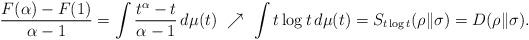
LaTeX: \begin{align*}{F(\alpha)-F(1)\over\alpha-1}=\int{t^\alpha-t\over\alpha-1}\,d\mu(t)\ \nearrow\ \int t\log t\,d\mu(t)=S_{t\log t}(\rho\|\sigma)=D(\rho\|\sigma).\end{align*}